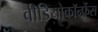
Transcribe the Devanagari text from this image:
वीडियोकॉन्फ्रेंस